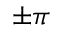
\pm \pi